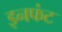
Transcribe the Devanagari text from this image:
इनफंट